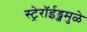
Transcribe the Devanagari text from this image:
स्ट्रेरॉईड्जमुळे